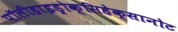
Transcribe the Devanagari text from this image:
पॉलीहाइड्रोक्सिहेक्सानोट